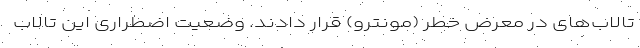
تالاب‌های در معرض خطر (مونترو) قرار دادند. وضعیت اضطراری این تالاب